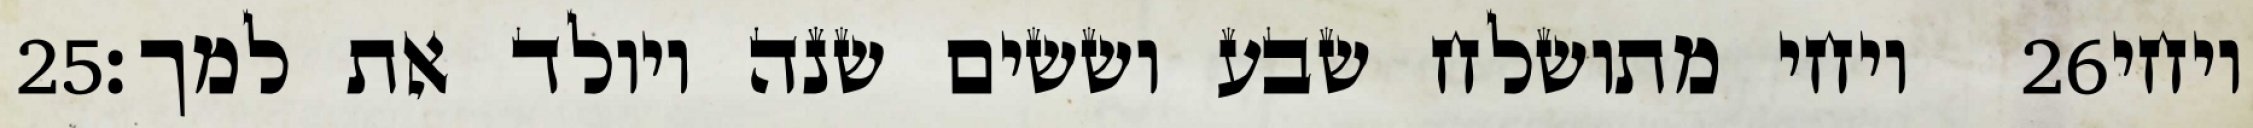
‎25‏ ויחי מתושלח שבע וששים שנה ויולד את למך׃ ‎26‏ ויחי